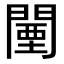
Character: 闉